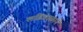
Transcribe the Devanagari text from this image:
लडिवाळाने